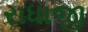
રાધાજી